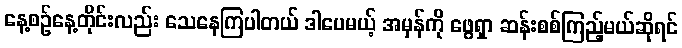
နေ့စဉ်နေ့တိုင်းလည်း သေနေကြပါတယ် ဒါပေမယ့် အမှန်ကို ဖွေရှာ ဆန်းစစ်ကြည့်မယ်ဆိုရင်